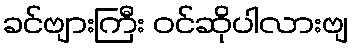
ခင်ဗျားကြီး ဝင်ဆိုပါလားဗျ